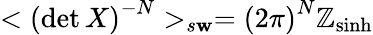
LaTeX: <\left(\operatorname*{det}X\right)^{-N}>_{s\mathbf{w}}=\left(2\pi\right)^{N}\mathbb{Z}_{\sinh}